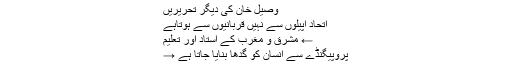
وصیل خان کی دیگر تحریریں
اتحاد اپیلوں سے نہیں قربانیوں سے ہوتاہے
← مشرق و مغرب کے استاد اور تعلیم
پروپیگنڈے سے انسان کو گدھا بنایا جاتا ہے →